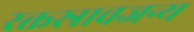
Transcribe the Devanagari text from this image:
रक्तस्रावजन्य